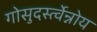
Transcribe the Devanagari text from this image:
गोसुदर्स्त्वेन्नोय